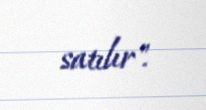
satılır".